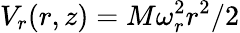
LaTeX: V_{r}(r,z)=M\omega_{r}^{2}r^{2}/2